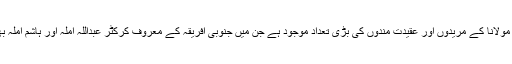
دنیا بھر میں مولانا کے مریدوں اور عقیدت مندوں کی بڑی تعداد موجود ہے جن میں جنوبی افریقہ کے معروف کرکٹر عبداللہ آملہ اور ہاشم آملہ بھی شامل ہیں۔